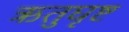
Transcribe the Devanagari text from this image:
ऋतुघृष्ट